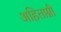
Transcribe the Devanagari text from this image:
अहिताग्नी